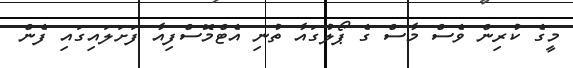
މީގެ ކުރިން ވެސް މާސް ގެ ޕޯލުގައާ ތުނި އެޓްމޮސްފިއާ ފަށަލައިގައި ފެން